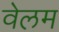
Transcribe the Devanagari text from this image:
वेलम